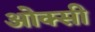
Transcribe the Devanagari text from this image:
ओक्सी